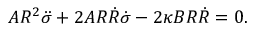
A R ^ { 2 } \ddot { \sigma } + 2 A R \dot { R } \dot { \sigma } - 2 \kappa B R \dot { R } = 0 .